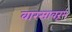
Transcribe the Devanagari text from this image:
वारसावरून